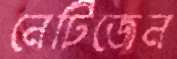
নেটিজেন